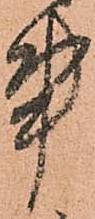
事